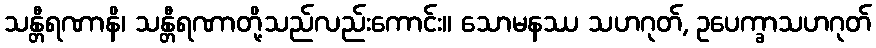
သန္တီရဏာနိ၊ သန္တီရဏာတို့သည်လည်းကောင်း။ သောမနဿ သဟဂုတ်, ဥပေက္ခာသဟဂုတ်